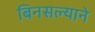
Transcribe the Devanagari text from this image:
बिनसल्याने